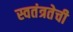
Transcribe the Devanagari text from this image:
स्वतंत्रतेची